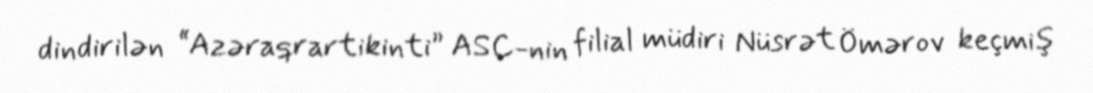
dindirilən “Azəraqrartikinti” ASC-nin filial müdiri Nüsrət Ömərov keçmiş